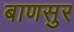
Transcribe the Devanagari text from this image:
बाणसुर